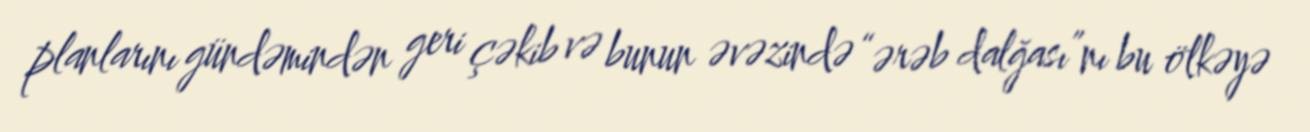
planlarını gündəmindən geri çəkib və bunun əvəzində “ərəb dalğası”nı bu ölkəyə